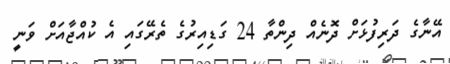
އޭނާގެ ދަރިފުޅަށް ދޮނެއް ދިންތާ 24 ގަޑިއިރުގެ ތެރޭގައި އެ ކުއްޖާއަށް ވަނީ